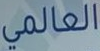
العالمي